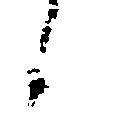
候